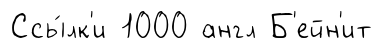
Ссы́лк'и 1000 англ Б'ейн'ит